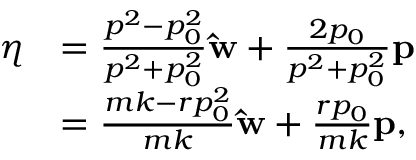
{ \begin{array} { r l } { { \boldsymbol { \eta } } } & { = { \frac { p ^ { 2 } - p _ { 0 } ^ { 2 } } { p ^ { 2 } + p _ { 0 } ^ { 2 } } } \mathbf { \hat { w } } + { \frac { 2 p _ { 0 } } { p ^ { 2 } + p _ { 0 } ^ { 2 } } } \mathbf { p } } \\ & { = { \frac { m k - r p _ { 0 } ^ { 2 } } { m k } } \mathbf { \hat { w } } + { \frac { r p _ { 0 } } { m k } } \mathbf { p } , } \end{array} }